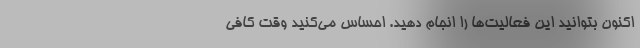
اکنون بتوانید این فعالیت‌ها را انجام دهید. احساس می‌کنید وقت کافی